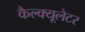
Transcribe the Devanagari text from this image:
कैल्क्यूलेटर